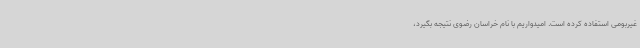
غیربومی استفاده کرده است. امیدواریم با نام خراسان رضوی نتیجه بگیرد،